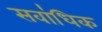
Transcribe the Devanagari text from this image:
सवा॑धिक